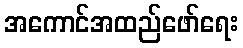
အကောင်အထည်ဖော်ရေး